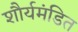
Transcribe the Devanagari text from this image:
शौर्यमंडित